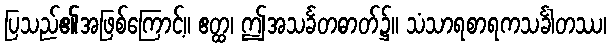
ပြသည်၏အဖြစ်ကြောင့်။ ဧတ္ထ၊ ဤအသင်္ခတဓာတ်၌။ သံသာရစာရကသင်္ခါတဿ၊